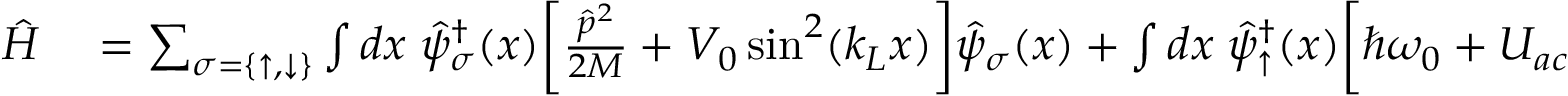
\begin{array} { r l } { \hat { H } } & { { } = \sum _ { \sigma = \{ \uparrow , \downarrow \} } \int d x \; \hat { \psi } _ { \sigma } ^ { \dag } ( x ) \bigg [ \frac { \hat { p } ^ { 2 } } { 2 M } + V _ { 0 } \sin ^ { 2 } ( k _ { L } x ) \bigg ] \hat { \psi } _ { \sigma } ( x ) + \int d x \; \hat { \psi } _ { \uparrow } ^ { \dag } ( x ) \bigg [ \hbar \omega _ { 0 } + U _ { a c } ( x ) \bigg ] \hat { \psi } _ { \uparrow } ( x ) } \end{array}